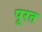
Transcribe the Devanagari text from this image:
पूरत